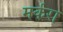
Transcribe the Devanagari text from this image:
मर्करा